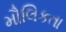
મૌલિકતા